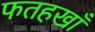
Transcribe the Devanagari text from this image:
फतहखाँ